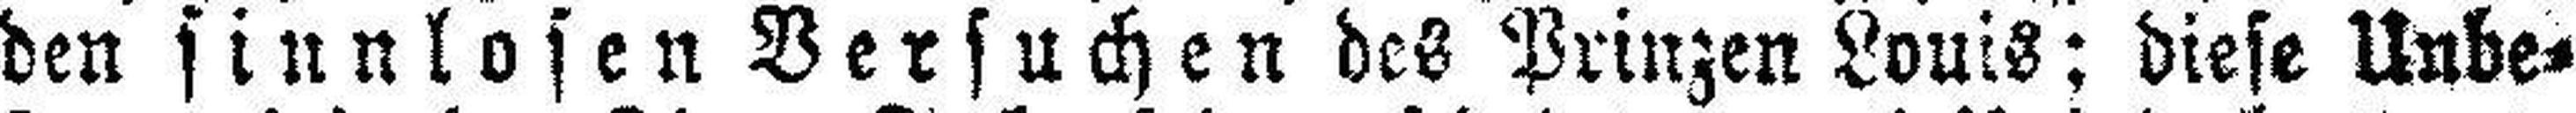
den sinnlosen Versuchen des Prinzen Louis: diese Unbe¬